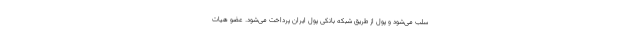
سلب می‌شود و پول از طریق شبکه بانکی پول ایران پرداخت می‌شود. عضو هیات